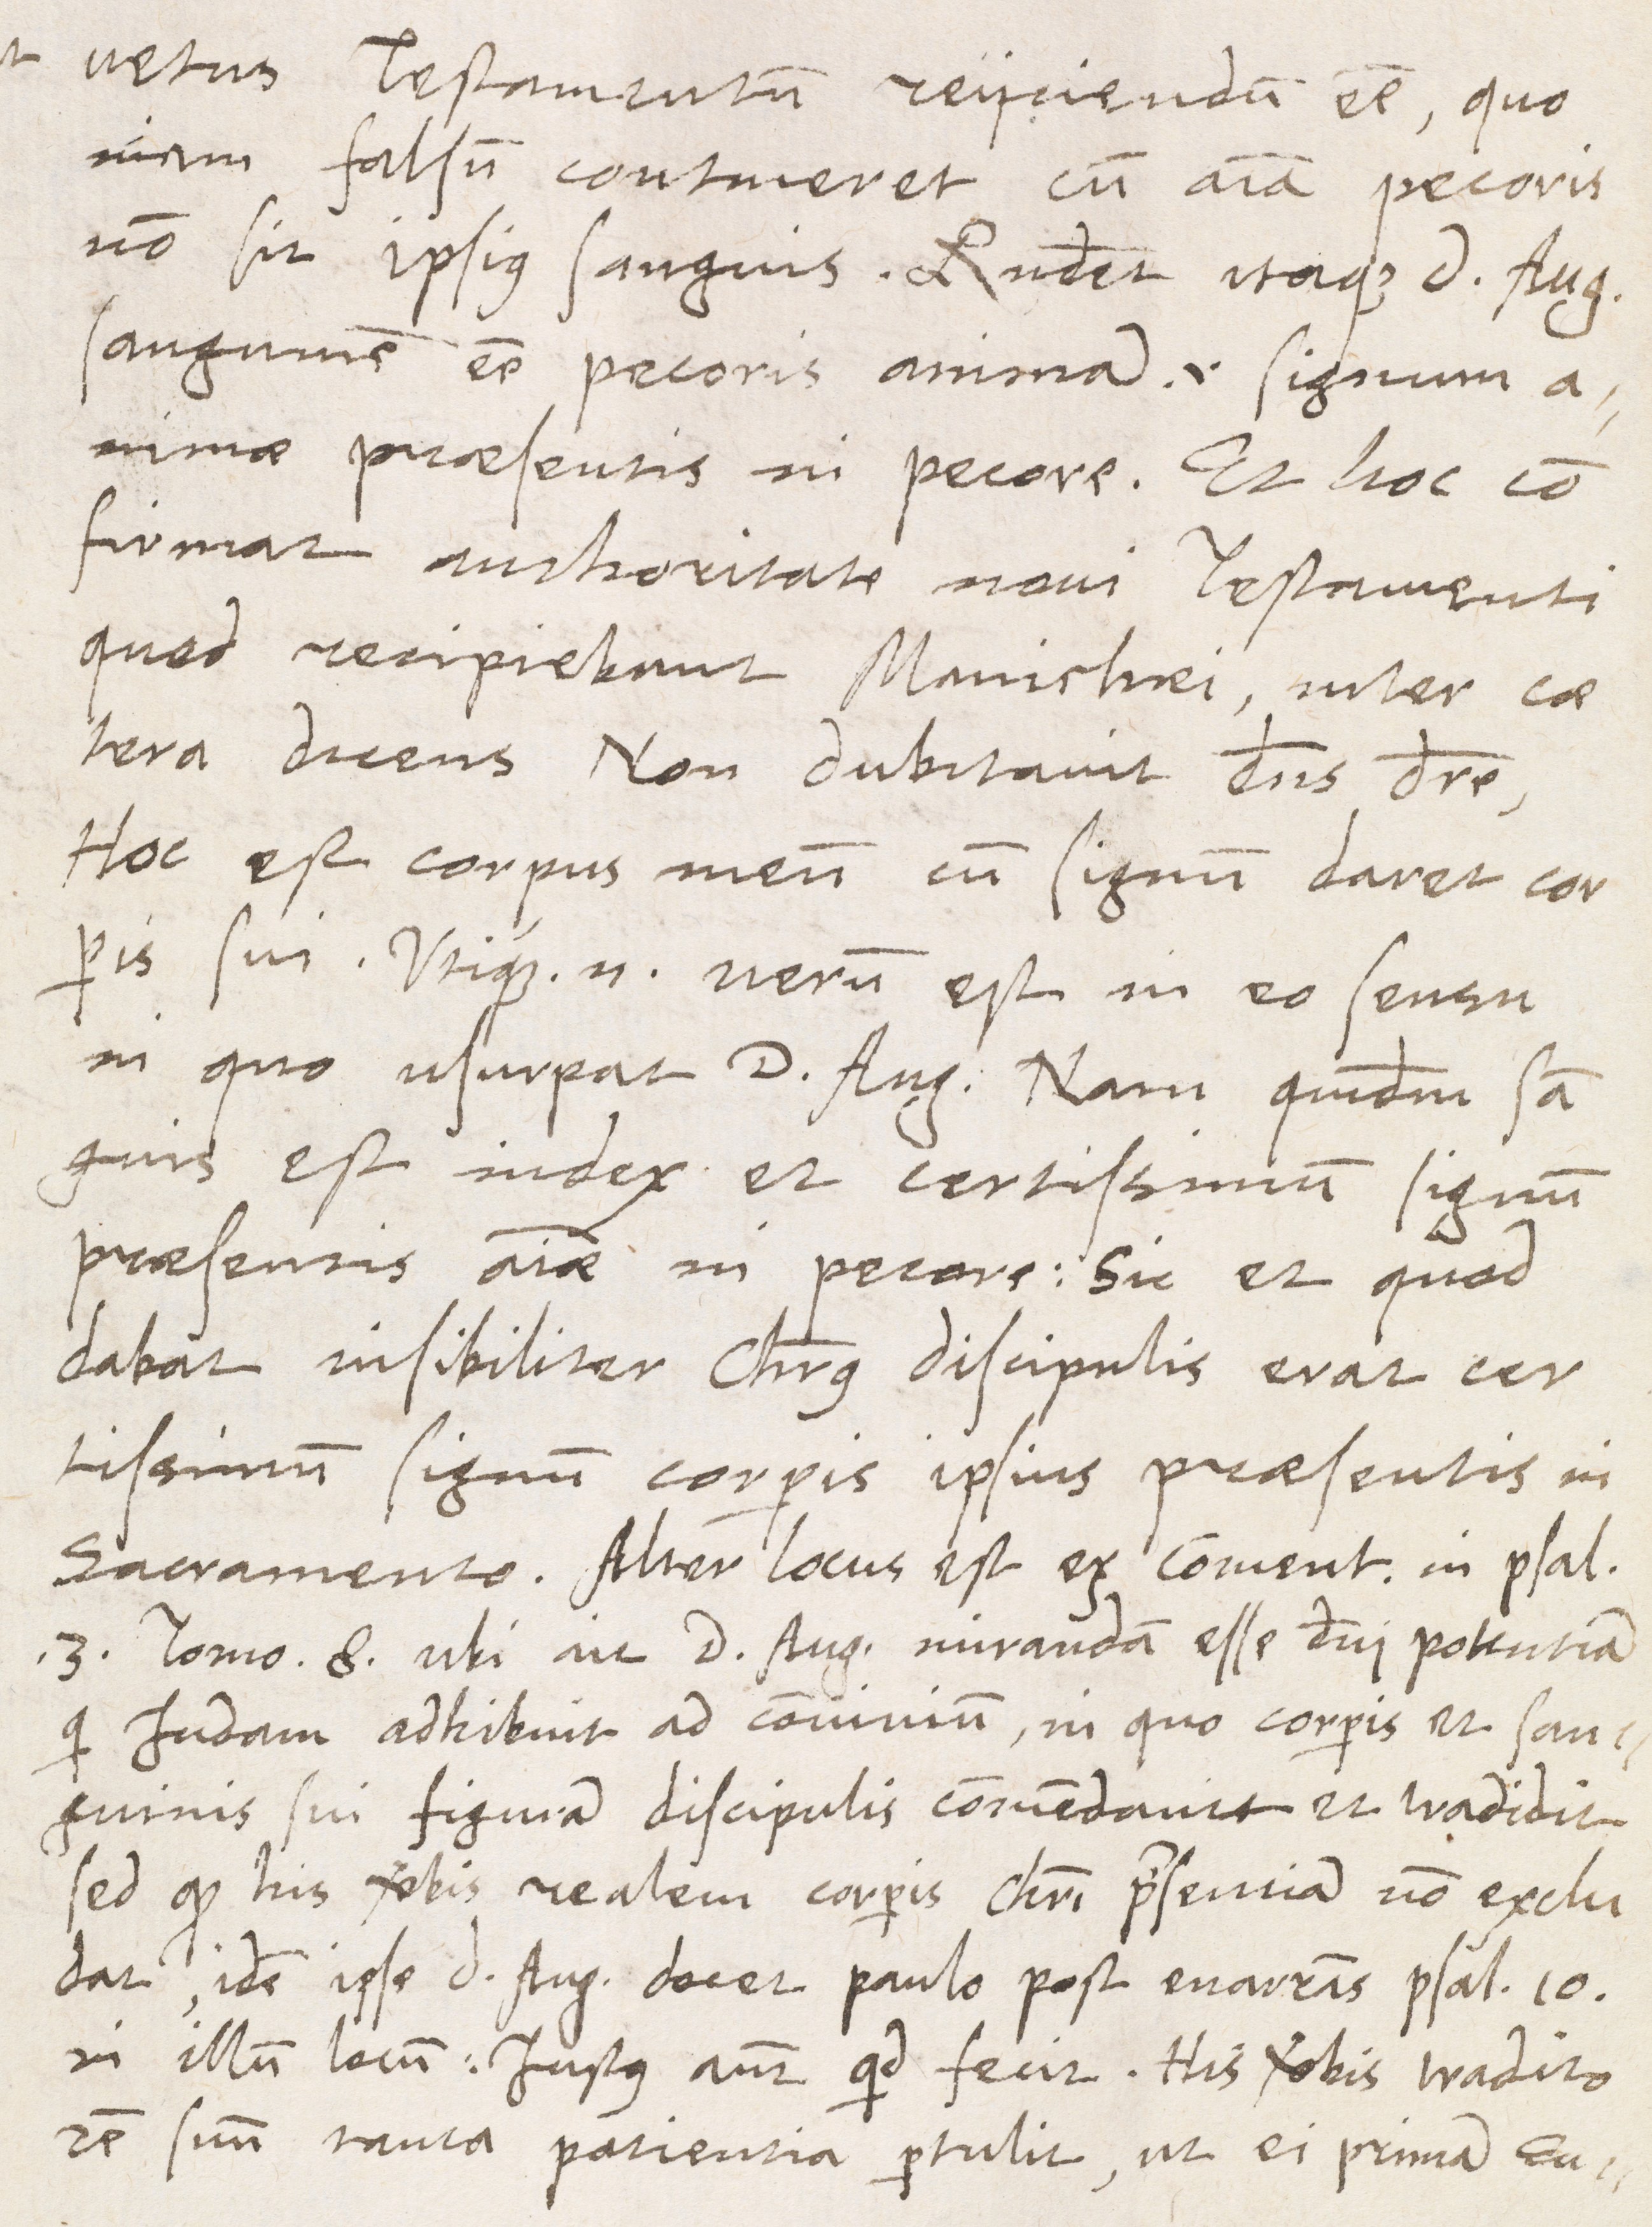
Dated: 1566–1566